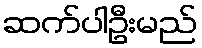
ဆက်ပါဦးမည်